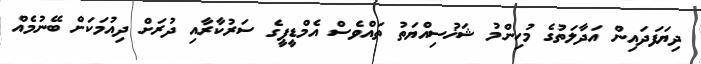
ދިޔަފަދައިން އަދާލަތުގެ މުހިންމު ޝަޚުސިއްޔަތު ތައްވެސް އެމްޑީޕީގެ ސަރުކާރާއި ދުރަށް ދިއުމަކަށް ބޭނުމެއް